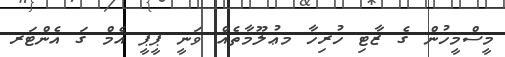
މީސްމީހުން ގެ ޒާޓި ހުރިހާ މޢުލޫމާތެއް ވަނީ ޕީޕީ އެމް ގަ އެންޓަރ